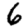
Digit: 6